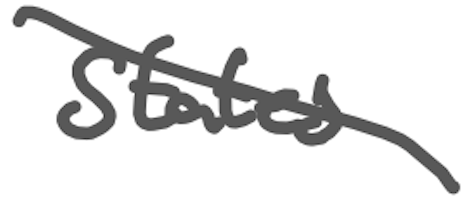
Text: States
Cross-out: diagonal
Writing tool: digital_gray